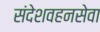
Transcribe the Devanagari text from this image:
संदेशवहनसेवा